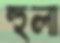
হুলা